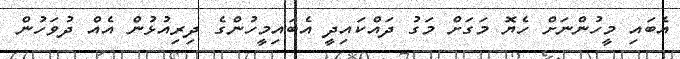
އެބައި މީހުންނަށް ހެޔޮ މަގަށް މަގު ދައްކައިދީ އެބައިމީހުންގެ ދިރިއުޅުން އެއް ދުވަހުން